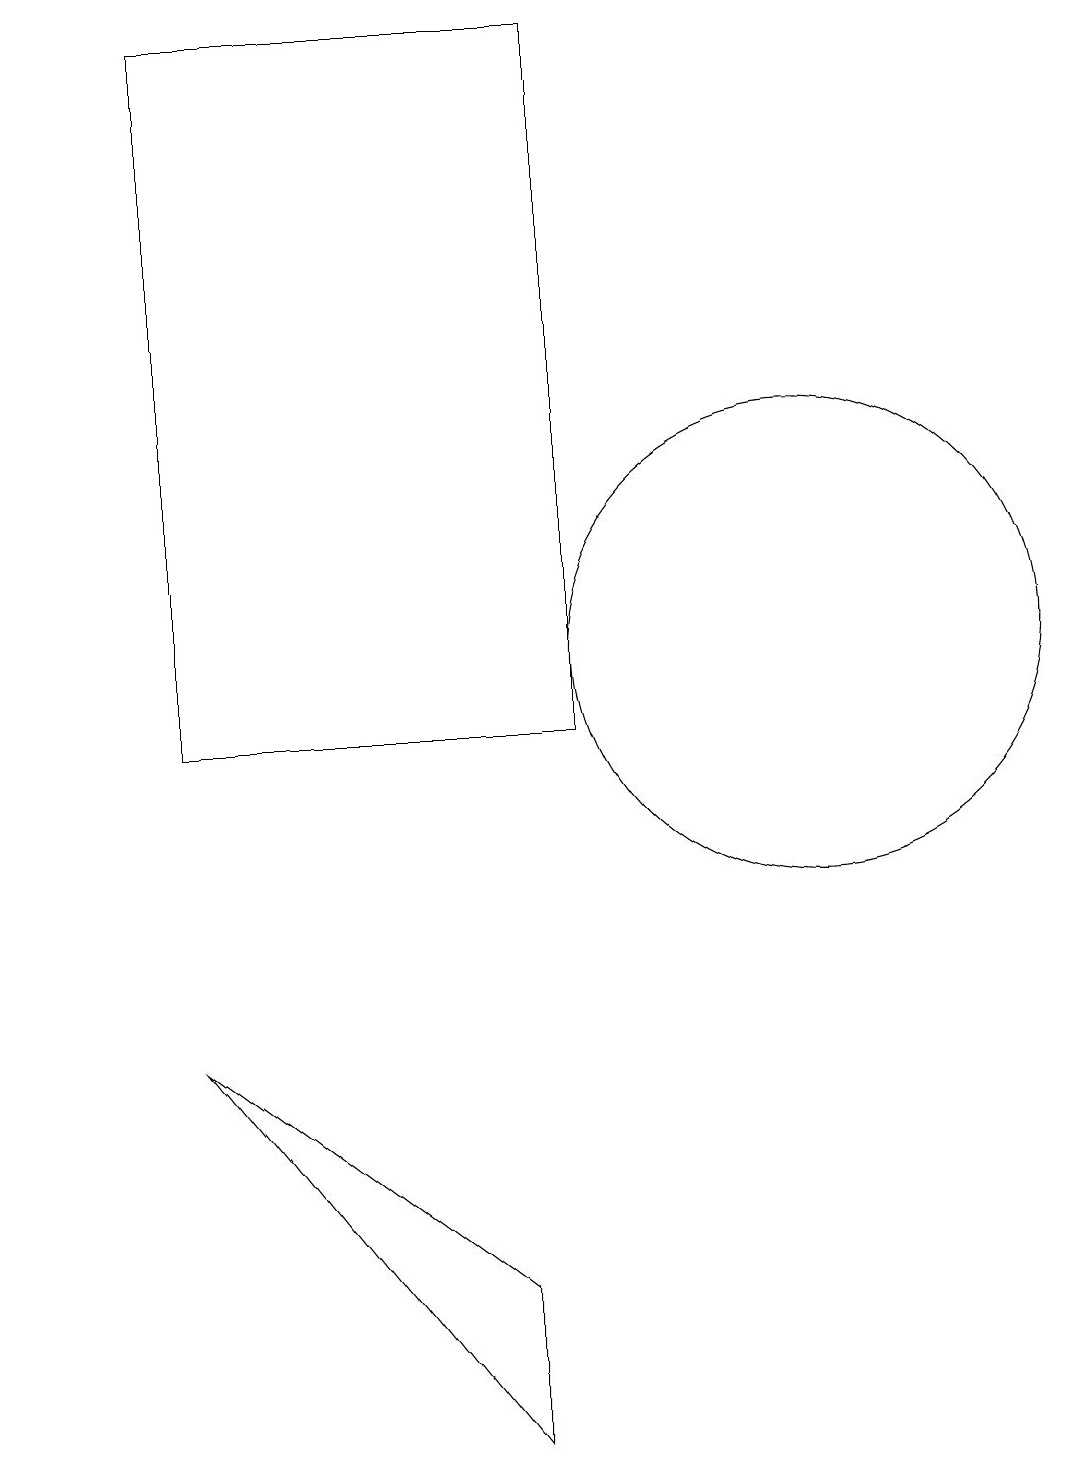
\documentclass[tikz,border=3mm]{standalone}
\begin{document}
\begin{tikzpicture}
\draw (9,19) rectangle (4,10);
\draw (2,16) rectangle (2,19);
\draw (8,1) -- (8,3) -- (4,6) -- cycle;
\draw (12,11) circle (3);
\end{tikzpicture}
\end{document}